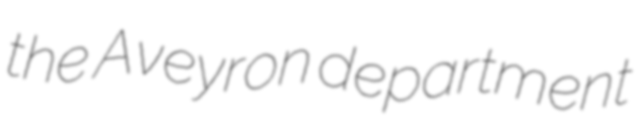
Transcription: the Aveyron department